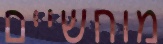
מוחשיים